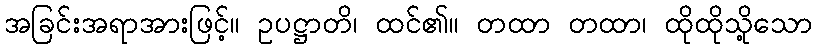
အခြင်းအရာအားဖြင့်။ ဥပဋ္ဌာတိ၊ ထင်၏။ တထာ တထာ၊ ထိုထိုသို့သော